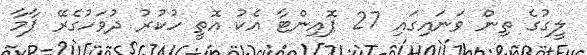
ލީގުގެ ތިން ވަނައިގައި 27 ޕޮއިންޓާ އެކު އޮތީ ހުކުރު ދުވަހުގެރޭ ޕާމާ